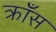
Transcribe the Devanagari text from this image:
क्राँस